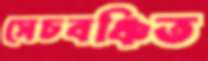
সেচবঞ্চিত